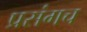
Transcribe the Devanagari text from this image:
प्रसंगच